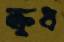
ক্রুধ